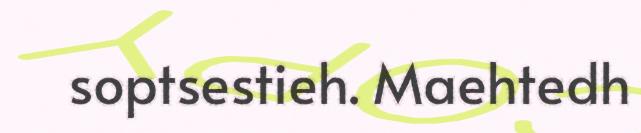
soptsestieh. Maehtedh